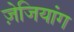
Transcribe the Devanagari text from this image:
ज़ेजियांग